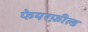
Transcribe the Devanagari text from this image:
फेयरफ़ील्ड